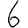
Digit: 6